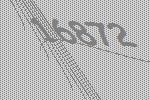
16872